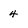
Character: 4